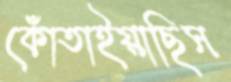
কোঁতাইয়াছিস